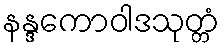
နန္ဒကောဝါဒသုတ္တံ